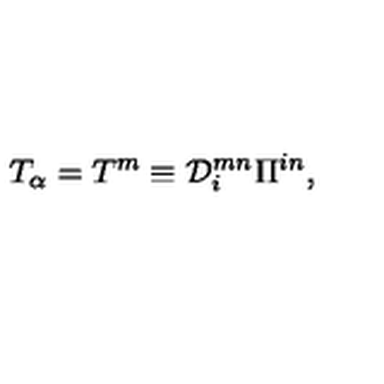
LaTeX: T _ { \alpha } = T ^ { m } \equiv { \cal D } _ { i } ^ { m n } \Pi ^ { i n } ,